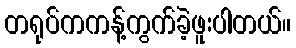
တရုပ်ကကန့်ကွက်ခဲ့ဖူးပါတယ်။